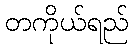
တကိုယ်ရည်